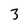
Character: 3